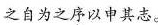
之自为之序以申其志。